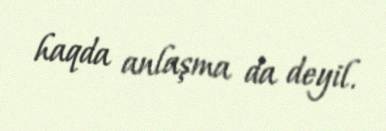
haqda anlaşma da deyil.